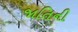
જાતિની